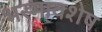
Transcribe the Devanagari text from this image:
भस्मावशेष